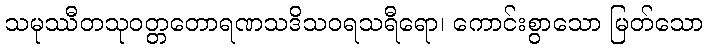
သမုဿီတသုဝတ္တတောရဏသဒိသဝရသရီရော၊ ကောင်းစွာသော မြတ်သော